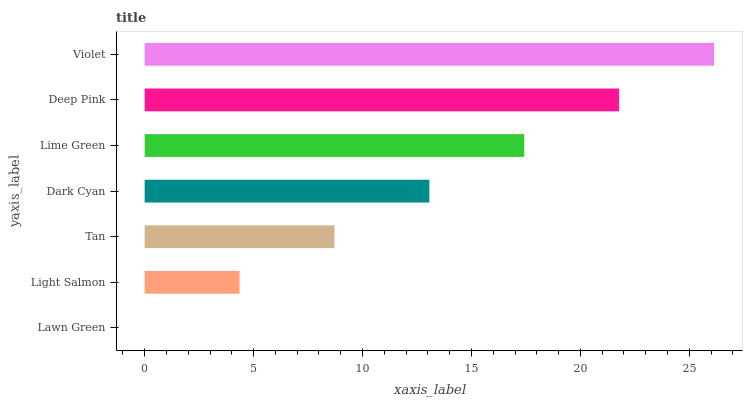
| yaxis_label | bars |
 | --- | --- |
 | Lawn Green | 0 |
 | Light Salmon | 4.36 |
 | Tan | 8.71 |
 | Dark Cyan | 13.1 |
 | Lime Green | 17.4 |
 | Deep Pink | 21.8 |
 | Violet | 26.1 |